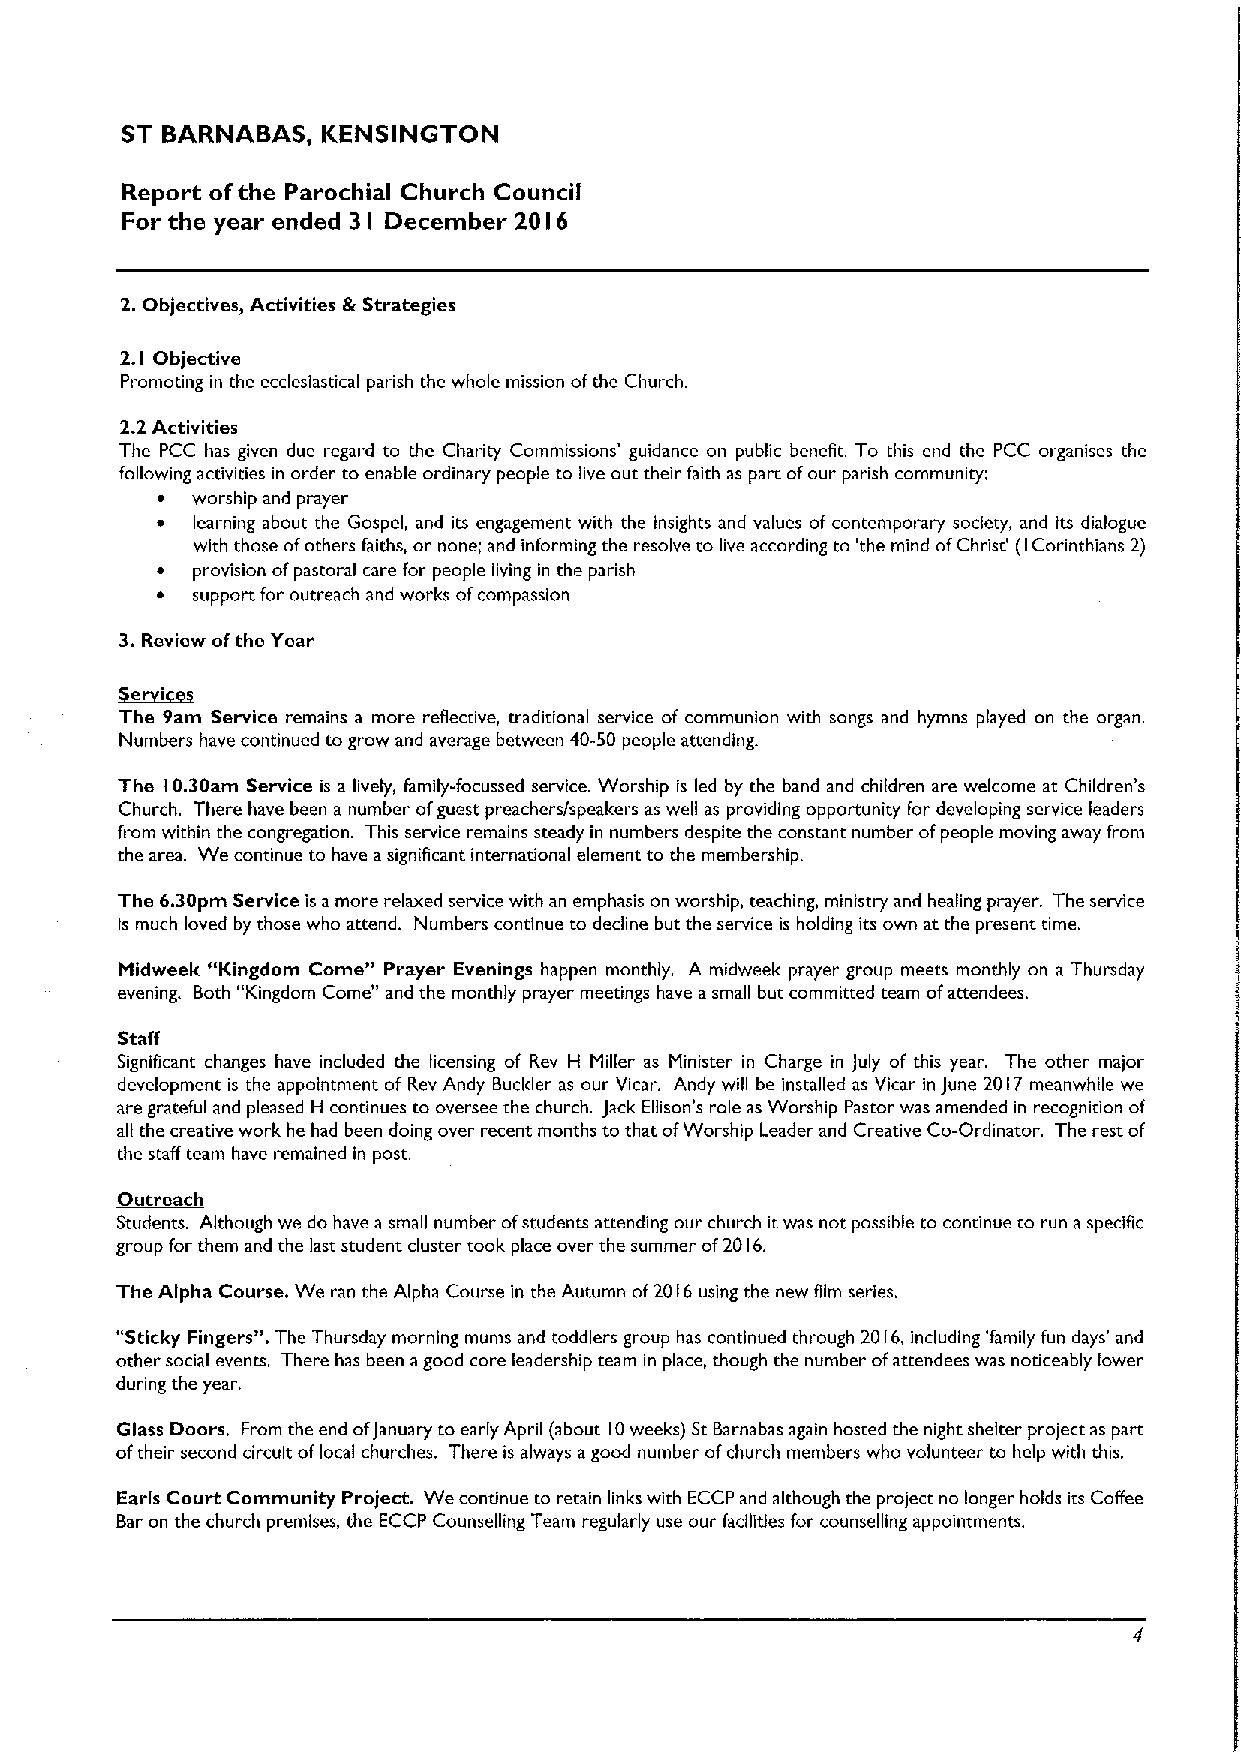
ST BARNABAS, KENSINGTON
 Report ofthe Parochial Church Council
 For the year ended 3 December 20 6
 I           I
 2.Objectives, Activities &Strategies
 2. Objective
 1
 Promoting in the ecclesiastical parish the whole mission ofthe Church.
 2.2 Activities
 The PCC has given due regard to the Charity Commissions' guidance on public benefit. To this end the PCC organises the
 following activities in order to enable ordinary people to live out their faith as part ofour parish community:
 ~  worship and prayer
 ~  learning about the Gospel, and its engagement with the insights and values of contemporary society, and its dialogue
 with those ofothers faiths, or none; and informing the resolve to live according to 'the mind ofChrist' (ICorinthians 2)
 ~  provision ofpastoral care for people living in the parish
 ~  support for outreach and works ofcompassion
 3.Review ofthe Year
 ~i
 The 9am Service remains a more reflective, traditional service of communion with songs and hymns played on the organ.
 Numbers have continued to grow and average between 40-50 people attending.
 The 10.30am Service is a lively, family-focussed service. Worship is led by the band and children are welcome at Children' s
 Church. There have been a number ofguest preachers/speakers as well as providing opportunity for developing service leaders
 from within the congregation. This service remains steady in numbers despite the constant number ofpeople moving away from
 the area. We continue to have asignificant international element to the membership.
 The 6.30pm Service is amore relaxed service with an emphasis on worship, teaching, ministry and healing prayer. The service
 Is much loved by those who attend. Numbers continue to decline but the service is holding its ovm at the present time.
 Midweek "Kingdom Come" Prayer Evenings happen monthly. A midweek prayer group meets monthly on a Thursday
 evening. Both "Kingdom Come" and the monthly prayer meetings have asmall but committed team ofattendees.
 Staff
 Significant changes have included the licensing of Rev H Miller as Minister in Charge in July of this year. The other major
 development is the appointment of Rev Andy Buckler as our Vicar. Andy will be installed as Vicar in June 2017meanwhile we
 are grateful and pleased H continues to oversee the church. Jack Ellison's role as Worship Pastor was amended in recognition of
 all the creative work he had been doing over recent months to that ofWorship Leader and Creative Co-Ordinator. The rest of
 the staff team have remained in post.
 Outreach
 Students. Although we do have asmall number ofstudents attending our church itwas not possible to continue to run aspecific
 group for them and the last student cluster took place over the summer of2016.
 The Alpha Course. We ran the Alpha Course in the Autumn of2016using the new film series.
 "Sticky Fingersrh The Thursday morning mums and toddlers group has continued through 2016,including 'family fun days' and
 other social events. There has been agood core leadership team in place, though the number ofattendees was noticeably lower
 during the year.
 Glass Doors. From the end ofJanuary to early April (about 10weeks) StBarnabas again hosted the night shelter project as part
 oftheir second circuit oflocal churches. There is always agood number ofchurch members who volunteer to help with this.
 Earls Court Community Project. We continue to retain links with ECCP and although the project no longer holds its Coffee
 Bar on the church premises, the ECCP Counselling Team regularly use our fadlltles for counselling appointments.